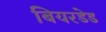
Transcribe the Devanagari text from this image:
बियरडेड